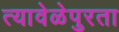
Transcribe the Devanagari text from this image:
त्यावेळेपुरता